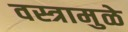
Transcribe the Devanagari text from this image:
वस्त्रामुळे